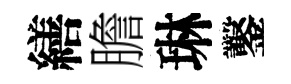
繕膽琳鑿